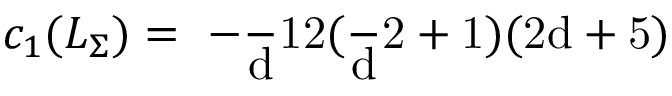
c _ { 1 } ( L _ { \Sigma } ) = \mathrm { ~ - \frac ~ d { 1 2 } ( \frac ~ d 2 + 1 ) ( 2 d + 5 ) ~ }